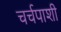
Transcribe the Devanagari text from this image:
चर्चपाशी